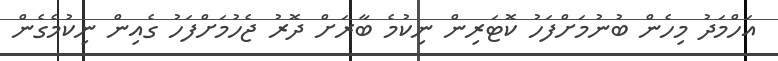
އަހްމަދު މިހެން ބުނުމަށްފަހު ކޮޓަރިން ނިކުމެ ބާރަށް ދޮރު ޖެހުމަށްފަހު ގެއިން ނިކުމެގެން